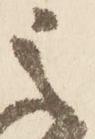
之